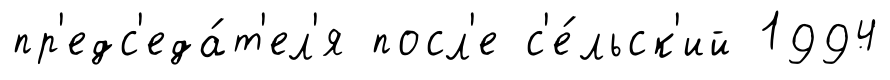
пр'едс'еда́т'ел'я посл'е с'е́льск'ий 1994